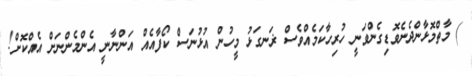
) މާތްމޮޅާންދެނެވޮޑިގެންވަނީ ހުރިހާކަމެއްވެސް ޜަނގަޅު މީހުން އުޅުނަސް ކޯފާއެއް އަންނާނީ އެންމެންނަށް އެއްކޮށް!